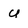
Character: U